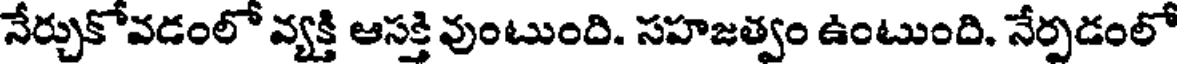
నేర్చుకోవడంలో వ్యక్తి ఆసక్తి వుంటుంది. సహజత్వం ఉంటుంది. నేర్పడంలో